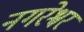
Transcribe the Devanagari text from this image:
नगरेश्वर